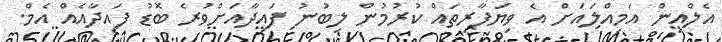
އެލްއިން އަމިއްލައަށް އެ ވިޔަފާރިތައް ކުރުމުން ލިބުނު ފައިދާއަށްވުރެ ބޮޑު ފައިދާއެއް އެމް.